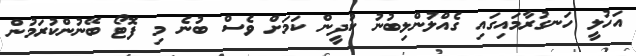
އަހުލީ ހަނގުރާމައިގައި ގެއްލުންލިބުނު ކުދީން ކަމަށް ވެސް ބުނެ މި ފޮޓޯ ބޭނުންކުރަމުން